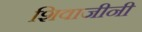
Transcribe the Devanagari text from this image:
शिवाजीनी